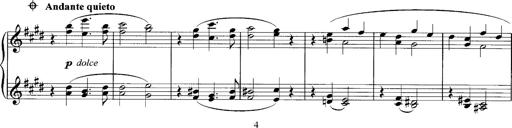
Title: Schlaflos! Frage und Antwort
Composer: Franz Liszt